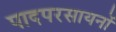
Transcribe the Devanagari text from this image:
पादपरसायनों